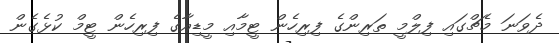
ދެވަނަ މެޗްގައި ފިލްމީ ތަރިންގެ ފިރިހެން ޓީމާއި މީޑިއާގެ ފިރިހެން ޓީމް ކުޅެގެން